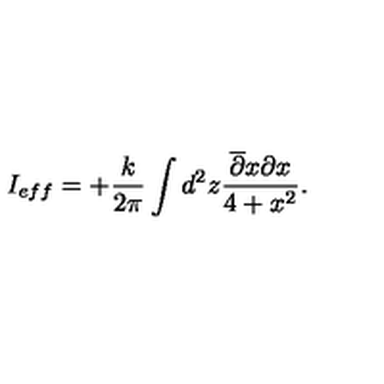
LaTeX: I _ { e f f } = + \frac { k } { 2 \pi } \int d ^ { 2 } z \frac { \overline { { \partial } } x \partial x } { 4 + x ^ { 2 } } .